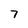
Character: 7